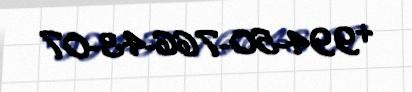
+994-50-766-43-07